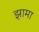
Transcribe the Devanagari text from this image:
झामा